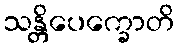
သန္တိပေက္ခောတိ